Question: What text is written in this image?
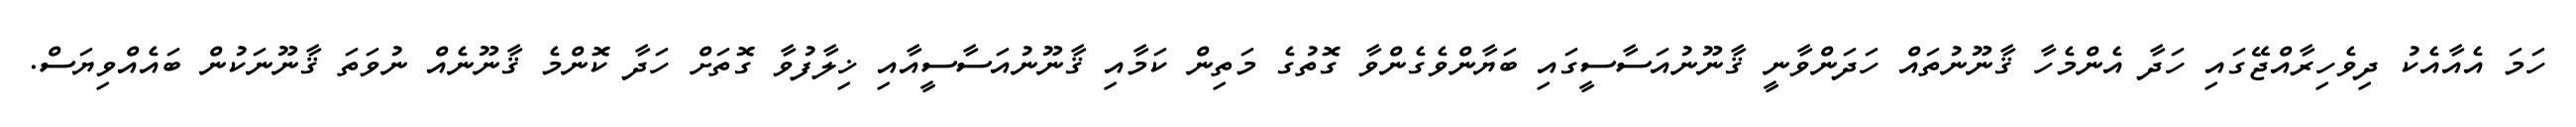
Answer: ހަމަ އެއާއެކު ދިވެހިރާއްޖޭގައި ހަދާ އެންމެހާ ޤާނޫނުތައް ހަދަންވާނީ ޤާނޫނުއަސާސީގައި ބަޔާންވެގެންވާ ގޮތުގެ މަތިން ކަމާއި ޤާނޫނުއަސާސީއާއި ޚިލާފުވާ ގޮތަށް ހަދާ ކޮންމެ ޤާނޫނެއް ނުވަތަ ޤާނޫނަކުން ބައެއްވިޔަސް.